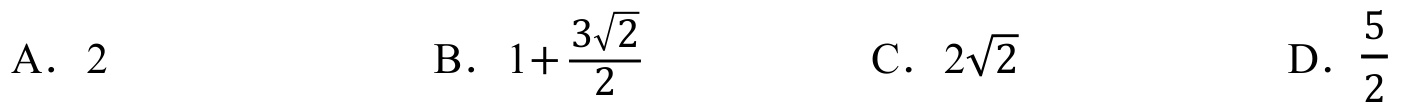
A. \(2\)
B. \(1 + \frac{3\sqrt{2}}{2}\)
C. \(2\sqrt{2}\)
D. \(\frac{5}{2}\)